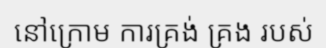
នៅក្រោម ការគ្រង់ គ្រង របស់